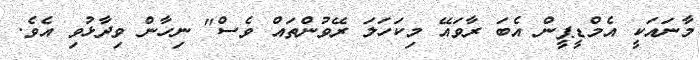
މާނައަކީ އެމްޑީޕީން އެބަ ރާވައޭ މިކަހަލަ ރޭވުންތައް ވެސް" ނިހާން ވިދާޅުވި އެވެ.